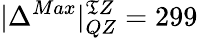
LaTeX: |{\Delta^{Max}}|_{QZ}^{\mathfrak{T}Z}=299